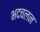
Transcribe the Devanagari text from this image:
भदचलन